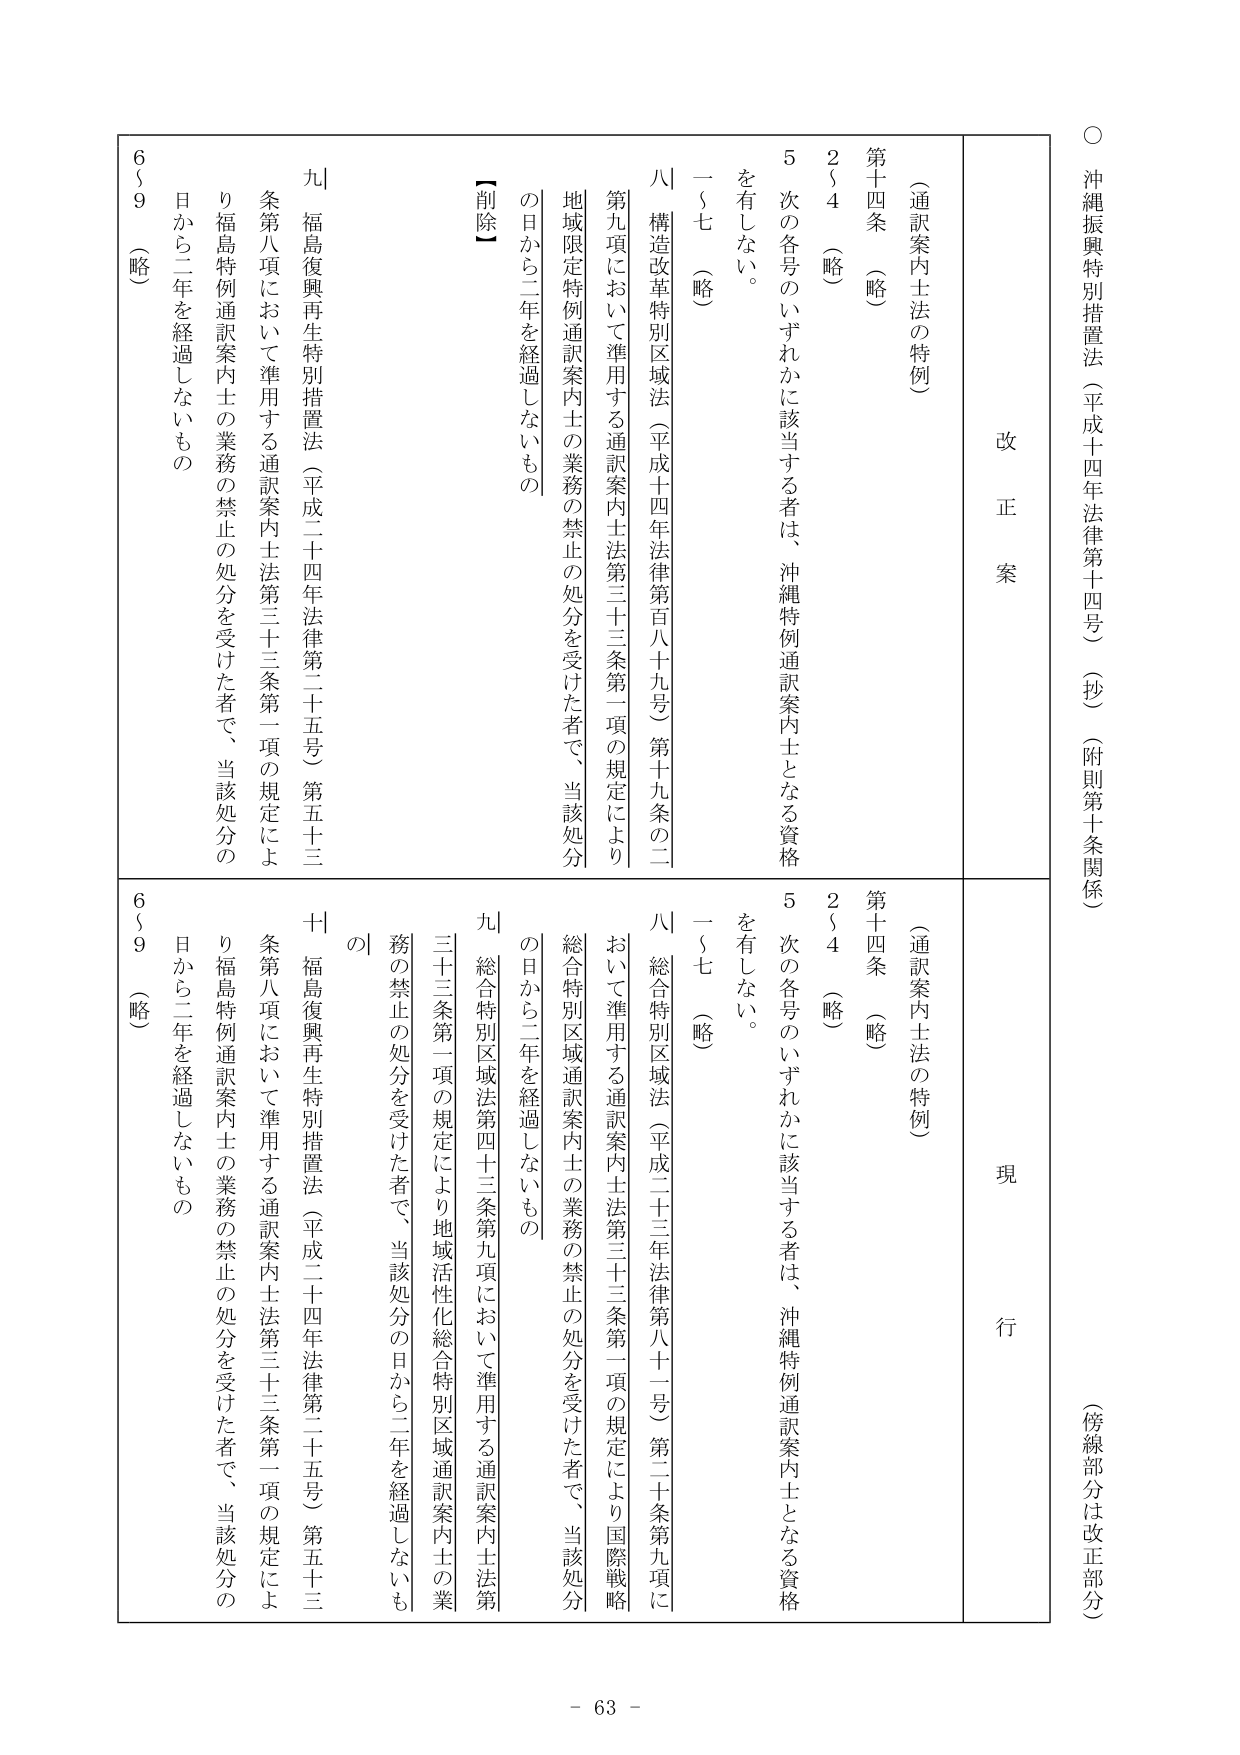
○ 沖縄振興特別措置法（平成十四年法律第十四号）（抄）（附則第十条関係）
（傍線部分は改正部分）

改正案
現行

（通訳案内士法の特例）
第十四条 （略）
２～４ （略）
５ 次の各号のいずれかに該当する者は、沖縄特例通訳案内士となる資格を有しない。
一～七 （略）
八 構造改革特別区域法（平成十四年法律第百八十九号）第十九条の二第九項において準用する通訳案内士法第三十三条第一項の規定により地域限定特例通訳案内士の業務の禁止の処分を受けた者で、当該処分の日から二年を経過しないもの
【削除】
九 福島復興再生特別措置法（平成二十四年法律第二十五号）第五十三条第八項において準用する通訳案内士法第三十三条第一項の規定により福島特例通訳案内士の業務の禁止の処分を受けた者で、当該処分の日から二年を経過しないもの
６～９ （略）

（通訳案内士法の特例）
第十四条 （略）
２～４ （略）
５ 次の各号のいずれかに該当する者は、沖縄特例通訳案内士となる資格を有しない。
一～七 （略）
八 総合特別区域法（平成二十三年法律第八十一号）第二十条第九項において準用する通訳案内士法第三十三条第一項の規定により国際戦略総合特別区域通訳案内士の業務の禁止の処分を受けた者で、当該処分の日から二年を経過しないもの
九 総合特別区域法第四十三条第九項において準用する通訳案内士法第三十三条第一項の規定により地域活性化総合特別区域通訳案内士の業務の禁止の処分を受けた者で、当該処分の日から二年を経過しないもの
十 福島復興再生特別措置法（平成二十四年法律第二十五号）第五十三条第八項において準用する通訳案内士法第三十三条第一項の規定により福島特例通訳案内士の業務の禁止の処分を受けた者で、当該処分の日から二年を経過しないもの
６～９ （略）

- 63 -